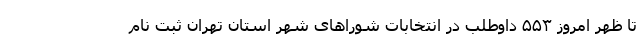
تا ظهر امروز ۵۵۳ داوطلب در انتخابات شوراهای شهر استان تهران ثبت نام